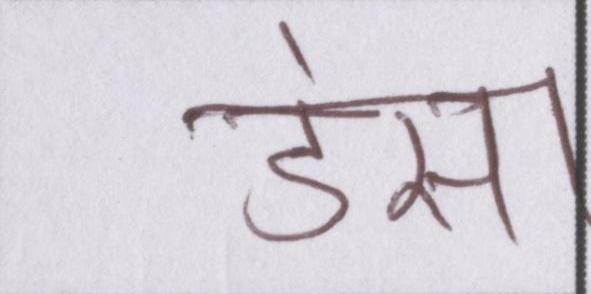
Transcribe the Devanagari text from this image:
डंसा